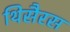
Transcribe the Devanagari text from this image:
थिसैरस